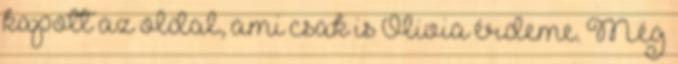
kapott az oldal, ami csak is Olivia érdeme. Még